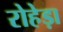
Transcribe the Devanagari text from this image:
रोहेड़ा